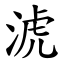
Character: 淲